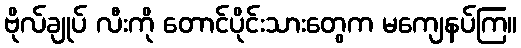
ဗိုလ်ချုပ် လီးကို တောင်ပိုင်းသားတွေက မကျေနပ်ကြ။